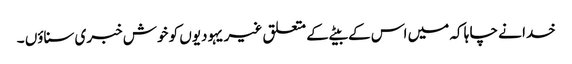
خدا نے چا ہا کہ میں اس کے بیٹے کے متعلق غیر یہودیوں کو خوش خبری سناؤں ۔